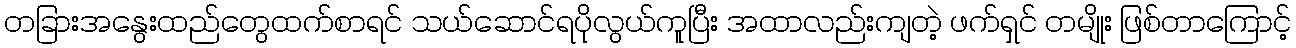
တခြားအနွေးထည်တွေထက်စာရင် သယ်ဆောင်ရပိုလွယ်ကူပြီး အထာလည်းကျတဲ့ ဖက်ရှင် တမျိုး ဖြစ်တာကြောင့်